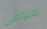
متوفى